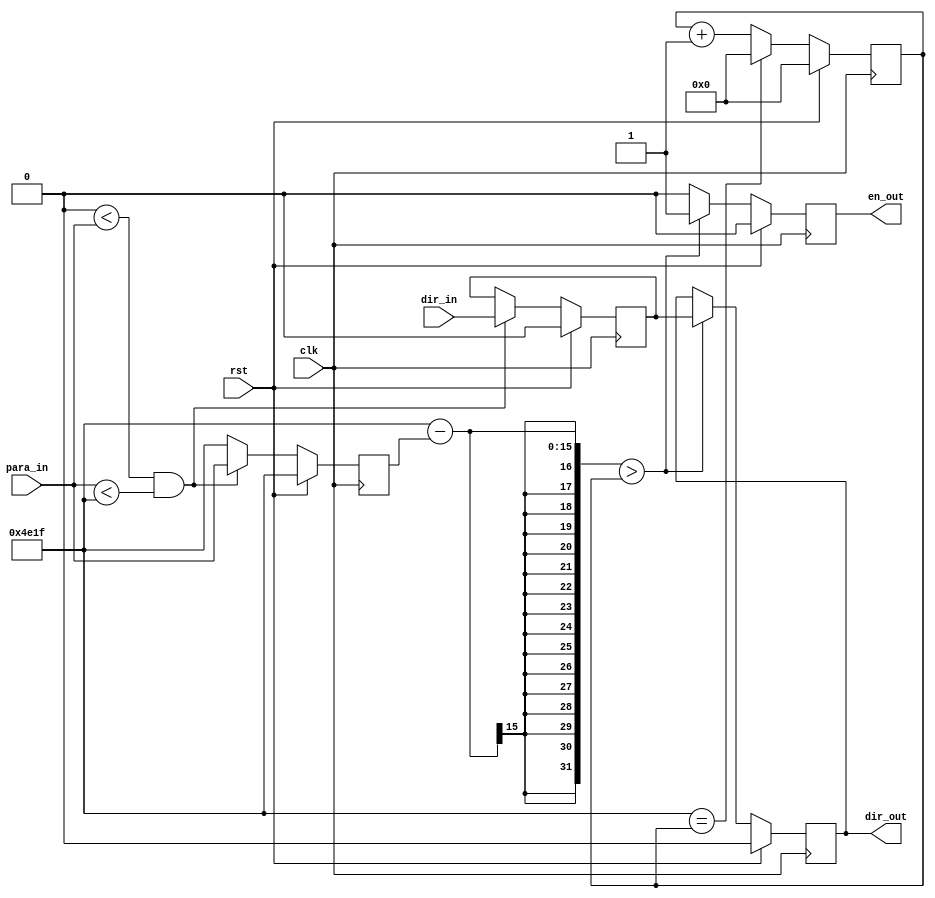
module pwm_ctl(

input clk,
input rst,
input [14:0] para_in,
input [0:0] dir_in,
output [0:0] dir_out,
output [0:0] en_out
);

// //copy this instance to top module
//pwm_ctl pwm_ctl
//(
//.clk(bus_clk),
// .rst(rst),
// .para_in(para_in),
// .dir_out(dir_out),
// .en_out(en_out)
//);
parameter MAX = 19999;
reg dir;
reg dir_;
reg en;
reg [14:0] in_;
reg [31:0] counter;
wire [31:0] divflag;
reg [31:0] PWMctl_clk;

initial PWMctl_clk = MAX;
initial in_ = MAX;

assign divflag = PWMctl_clk - in_;

assign dir_out = dir;
assign en_out = en;

always @(posedge clk)begin
	if(rst)begin
		in_ <= 19999;
		dir_ <= 0;
	end
	else if(0 < para_in && para_in < PWMctl_clk)begin
		in_ <= para_in;
		dir_ <= dir_in;
	end
	else
		in_ <= MAX;
end

always @(posedge clk)begin
		if(rst)begin
			dir <= 0;
			en <= 0;
		end
		else if(divflag > counter)begin
			dir <= dir_;
			en <= 1;
		end
		else begin
			en <= 0;
		end
	end

always @(posedge clk)begin
		if(rst)begin
			counter <= 0;
		end
		else if(PWMctl_clk == counter)
			counter <= 0;
		else
			counter <= counter + 1;
	end

endmodule